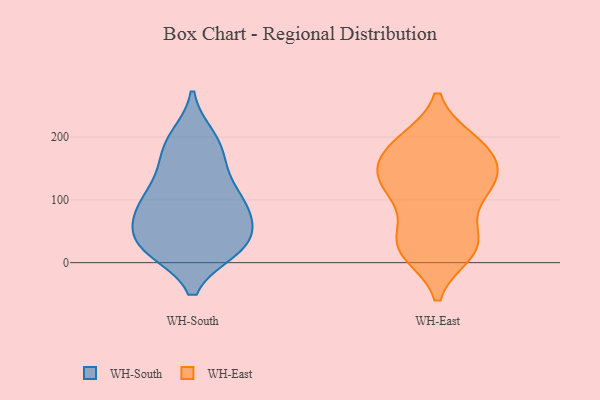
{"axis": {"x": "Conversion Rate (%)", "y": "Value"}, "legend": ["WH-East", "WH-South"], "data": [{"x": "", "y": 136, "type": "WH-South"}, {"x": "", "y": 55, "type": "WH-South"}, {"x": "", "y": 110, "type": "WH-South"}, {"x": "", "y": 77, "type": "WH-South"}, {"x": "", "y": 25, "type": "WH-South"}, {"x": "", "y": 83, "type": "WH-South"}, {"x": "", "y": 168, "type": "WH-South"}, {"x": "", "y": 197, "type": "WH-South"}, {"x": "", "y": 21, "type": "WH-South"}, {"x": "", "y": 177, "type": "WH-South"}, {"x": "", "y": 22, "type": "WH-South"}, {"x": "", "y": 200, "type": "WH-South"}, {"x": "", "y": 28, "type": "WH-South"}, {"x": "", "y": 26, "type": "WH-South"}, {"x": "", "y": 83, "type": "WH-South"}, {"x": "", "y": 124, "type": "WH-South"}, {"x": "", "y": 94, "type": "WH-South"}, {"x": "", "y": 72, "type": "WH-South"}, {"x": "", "y": 28, "type": "WH-South"}, {"x": "", "y": 39, "type": "WH-East"}, {"x": "", "y": 129, "type": "WH-East"}, {"x": "", "y": 122, "type": "WH-East"}, {"x": "", "y": 137, "type": "WH-East"}, {"x": "", "y": 94, "type": "WH-East"}, {"x": "", "y": 101, "type": "WH-East"}, {"x": "", "y": 177, "type": "WH-East"}, {"x": "", "y": 135, "type": "WH-East"}, {"x": "", "y": 193, "type": "WH-East"}, {"x": "", "y": 183, "type": "WH-East"}, {"x": "", "y": 187, "type": "WH-East"}, {"x": "", "y": 16, "type": "WH-East"}, {"x": "", "y": 19, "type": "WH-East"}, {"x": "", "y": 144, "type": "WH-East"}, {"x": "", "y": 192, "type": "WH-East"}, {"x": "", "y": 40, "type": "WH-East"}, {"x": "", "y": 31, "type": "WH-East"}, {"x": "", "y": 19, "type": "WH-East"}, {"x": "", "y": 144, "type": "WH-East"}]}